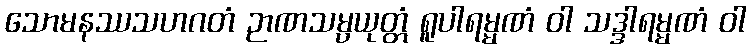
သောမနဿသဟဂတံ ဉာဏသမ္ပယုတ္တံ ရူပါရမ္မဏံ ဝါ သဒ္ဒါရမ္မဏံ ဝါ